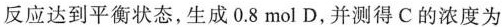
该反应达到平衡状态，生成0.8 mol D，并测得C的浓度为